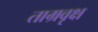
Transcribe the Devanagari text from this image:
ताम्रवृक्ष